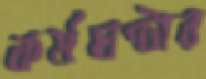
কর্মঘণ্টার